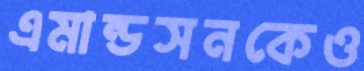
এমান্ডসনকেও